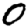
Digit: 0